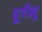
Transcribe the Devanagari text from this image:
पूर्गेन्दू